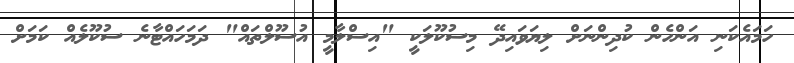
ހަމައެކަނި އަންހެން ކުދިންނަށް ލިޔަވައިދޭ މިސުކޫލަކީ "އިސްލާމީ އުސޫލްތައް" ދަމަހައްޓާނެ ސުކޫލެއް ކަމަށް